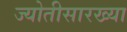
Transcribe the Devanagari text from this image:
ज्योतीसारख्या